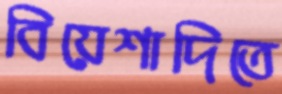
বিয়েশাদিতে